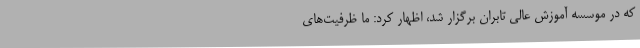
که در موسسه آموزش عالی تابران برگزار شد، اظهار کرد: ما ظرفیت‌های